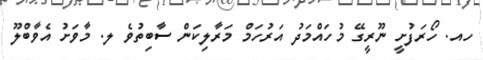
ހއ. ހޯރަފުށީ ނޫރީގޭ މުހައްމަދު އަރުހަމް މަރާލިކަން ސާބިތުވެ ލ. މާވަށު އެވާބްލޫ